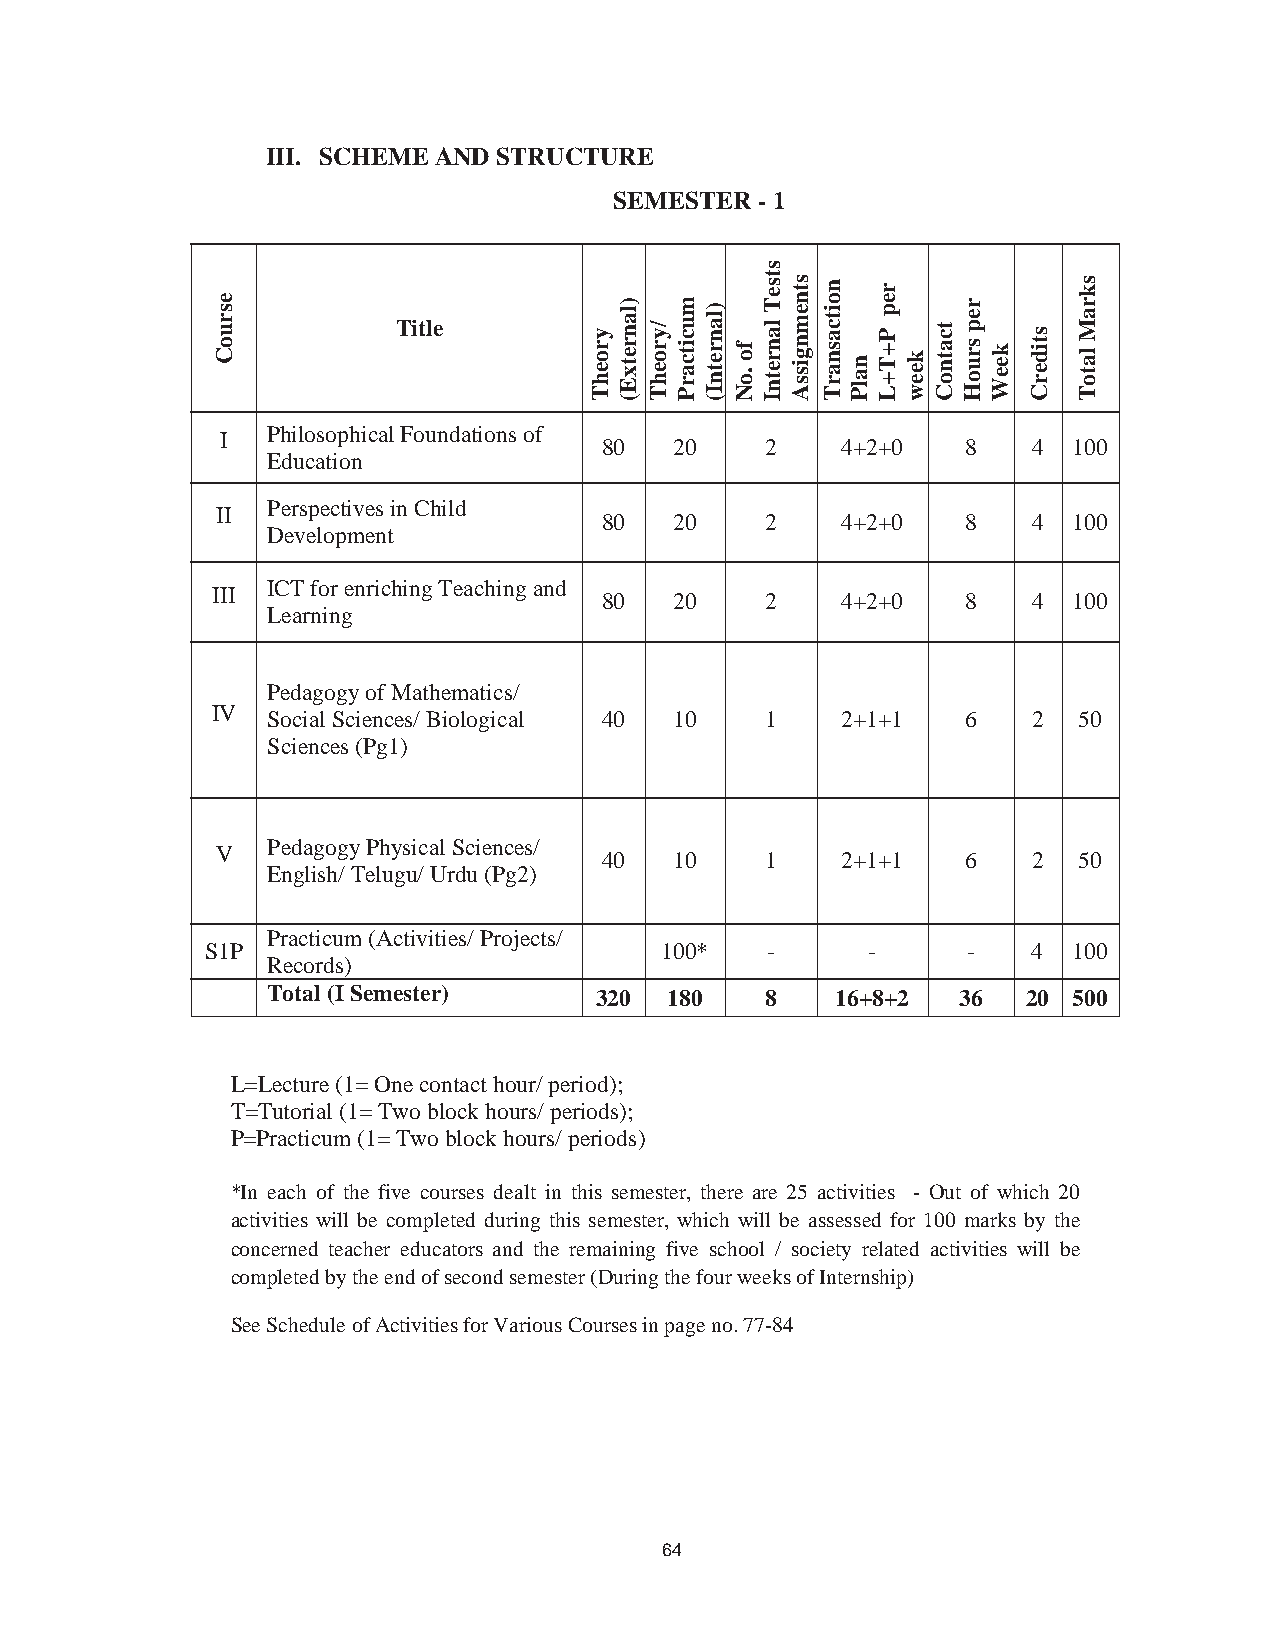
73
 III. SCHEME AND STRUCTURE
 SEMESTER - 1
 Title
 Philosophical Foundations of
 I
 80   20    2    4+2+0   8   4  100
 Education
 Perspectives in Child
 II
 80   20    2    4+2+0   8   4  100
 Development
 ICT for enriching Teaching and
 III
 80   20    2    4+2+0   8   4  100
 Learning
 Pedagogy of Mathematics/
 IV
 Social Sciences/ Biological 40 10 1   2+1+1   6   2  50
 Sciences (Pg1)
 Pedagogy Physical Sciences/
 V
 40   10    1    2+1+1   6   2  50
 English/ Telugu/ Urdu (Pg2)
 Practicum (Activities/ Projects/
 S1P                           100*   -      -     -   4  100
 Records)
 Total (I Semester)   320  180    8   16+8+2   36  20 500
 L=Lecture (1= One contact hour/ period);
 T=Tutorial (1= Two block hours/ periods);
 P=Practicum (1= Two block hours/ periods)
 *In each of the five courses dealt in this semester, there are 25 activities - Out of which 20
 activities will be completed during this semester, which will be assessed for 100 marks by the
 concerned teacher educators and the remaining five school / society related activities will be
 completed by the end of second semester (During the four weeks of Internship)
 See Schedule of Activities for Various Courses in page no. 77-84
 64
 esruoC
 yroehT
 )lanretxE(
 /yroehT
 mucitcarP )lanretnI(
 fo
 .oN
 stseT
 lanretnI
 stnemngissA noitcasnarT
 nalP
 rep
 P+T+L
 keew
 tcatnoC
 rep
 sruoH keeW
 stiderC
 skraM
 latoT